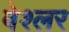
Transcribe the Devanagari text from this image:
वेश्लर